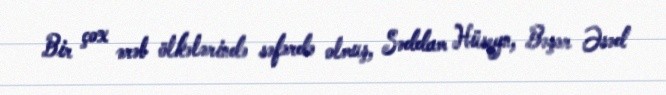
Bir çox ərəb ölkələrində səfərdə olmuş, Səddam Hüseyn, Bəşər Əsəd